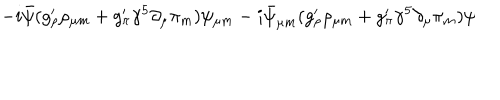
- i \bar { \psi } ( g _ { \rho } ^ { \prime } \rho _ { \mu m } + g _ { \pi } ^ { \prime } { \gamma ^ { 5 } } \partial _ { \mu } \pi _ { m } ) \psi _ { \mu m } - i \bar { \psi } _ { \mu m } ( g _ { \rho } ^ { \prime } \rho _ { \mu m } + g _ { \pi } ^ { \prime } { \gamma ^ { 5 } } \partial _ { \mu } \pi _ { m } ) \psi